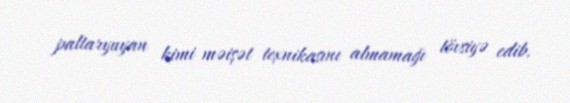
paltaryuyan kimi məişət texnikasını almamağı tövsiyə edib.